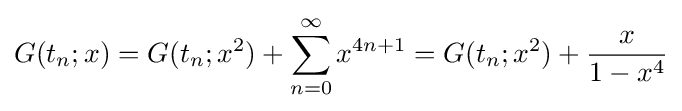
G(t_{n};x)=G(t_{n};x^{2})+\sum _{n=0}^{\infty }x^{4n+1}=G(t_{n};x^{2})+{\frac {x}{1-x^{4}}}